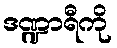
ဒဏ္ဍာရီကို